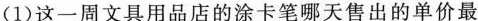
(1)这一周文具用品店的涂卡笔哪天售出的单价最